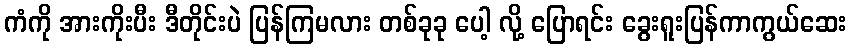
ကံကို အားကိုးပီး ဒီတိုင်းပဲ ပြန်ကြမလား တစ်ခုခု ပေါ့ လို့ ပြောရင်း ခွေးရူးပြန်ကာကွယ်ဆေး